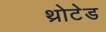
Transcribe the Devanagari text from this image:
थ्रोटेड